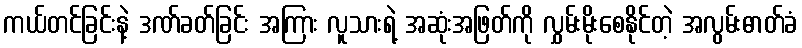
ကယ်တင်ခြင်းနဲ့ ဒဏ်ခတ်ခြင်း အကြား လူသားရဲ့ အဆုံးအဖြတ်ကို လွှမ်းမိုးစေနိုင်တဲ့ အလွမ်းဓာတ်ခံ